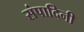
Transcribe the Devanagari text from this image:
संपादिनी